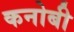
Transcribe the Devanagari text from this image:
कनोबी